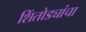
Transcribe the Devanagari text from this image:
शिंतोड्यांचा